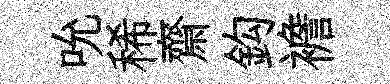
吮稀齋鈎襜